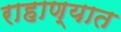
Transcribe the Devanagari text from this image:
राहाण्यात